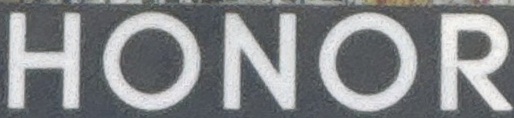
HONOR